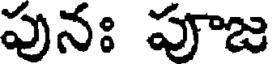
పునః పూజ